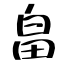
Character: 畠